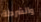
والشرطة